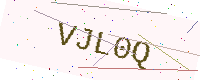
Text: VJL0Q